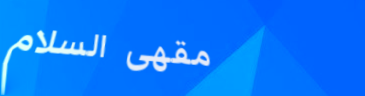
مقهى السلام